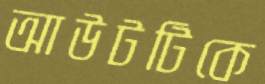
আউটটিকে